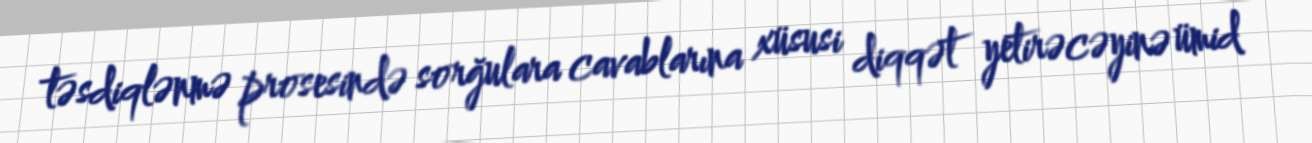
təsdiqlənmə prosesində sorğulara cavablarına xüsusi diqqət yetirəcəyinə ümid